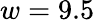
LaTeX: w=9.5